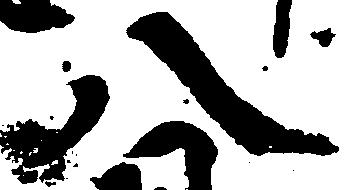
八